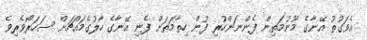
އެވަގުތު އޭނާގެ މޫނުމަތިން ފެންނަންހުރި ފުން ހިތާމަތަށް ފެނި އޭނާގެ ހާލުގެމައްޗަށް ސަހަރޯވެރިވެ